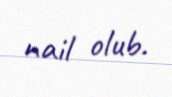
nail olub.